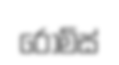
රොම්ස්